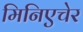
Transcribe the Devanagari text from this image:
मिनिएचेर